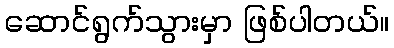
ဆောင်ရွက်သွားမှာ ဖြစ်ပါတယ်။